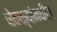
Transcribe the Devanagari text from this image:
पोकळ्यांमधील